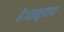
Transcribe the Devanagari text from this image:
है।समुदाय